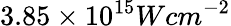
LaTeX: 3.85\times 10^{15}Wcm^{-2}